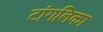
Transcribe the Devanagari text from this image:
टांगलिका